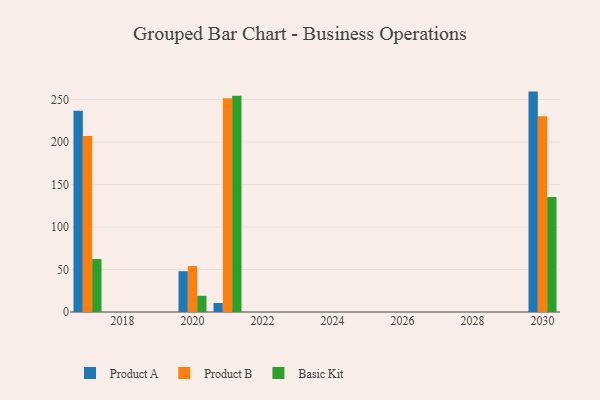
{"axis": {"x": "Year", "y": "Budget (USD K)"}, "legend": ["Basic Kit", "Product A", "Product B"], "data": [{"x": "2030", "y": 259.3, "type": "Product A"}, {"x": "2030", "y": 230.3, "type": "Product B"}, {"x": "2030", "y": 135.3, "type": "Basic Kit"}, {"x": "2020", "y": 48.0, "type": "Product A"}, {"x": "2020", "y": 54.0, "type": "Product B"}, {"x": "2020", "y": 19.1, "type": "Basic Kit"}, {"x": "2021", "y": 10.6, "type": "Product A"}, {"x": "2021", "y": 251.5, "type": "Product B"}, {"x": "2021", "y": 254.4, "type": "Basic Kit"}, {"x": "2017", "y": 236.8, "type": "Product A"}, {"x": "2017", "y": 207.2, "type": "Product B"}, {"x": "2017", "y": 62.3, "type": "Basic Kit"}]}